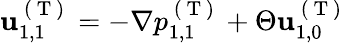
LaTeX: \mathbf{u}_{1,1}^{\mathrm{~(~T~)~}}=-\nabla p_{1,1}^{\mathrm{~(~T~)~}}+\Theta\mathbf{u}_{1,0}^{\mathrm{~(~T~)~}}